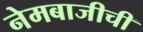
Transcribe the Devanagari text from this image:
नेमबाजीची